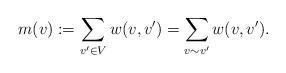
LaTeX: \begin{align*} m(v) := \sum_{v'\in V} w(v,v') = \sum_{v\sim v'} w(v,v').\end{align*}